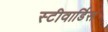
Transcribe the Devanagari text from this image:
स्‍टीवार्डिस